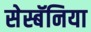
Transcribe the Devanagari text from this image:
सेस्बॅनिया